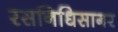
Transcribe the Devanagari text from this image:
रसनिधिसागर